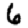
Digit: 6